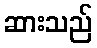
ဆားသည်